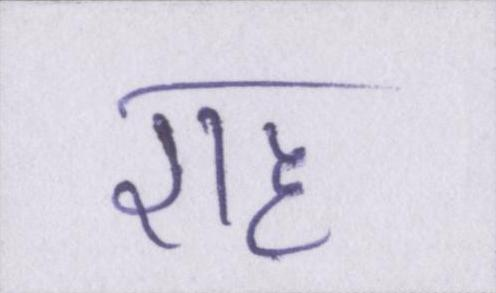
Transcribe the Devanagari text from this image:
राह